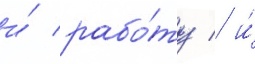
и́ рабо́ту / и́